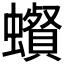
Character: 𧓩